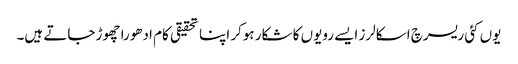
یوں کئی ریسرچ اسکالرز ایسے رویوں کا شکار ہوکر اپنا تحقیقی کام ادھورا چھوڑ جاتے ہیں۔